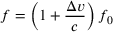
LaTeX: f = \left( 1 + { \frac { \Delta v } { c } } \right) f _ { 0 }